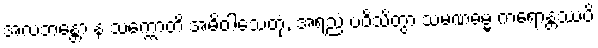
အလဘန္တော န သက္ကောတိ အဓိဝါသေတုံ, အရညံ ပဝိသိတွာ သမဏဓမ္မံ ကရောန္တဿပိ